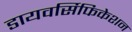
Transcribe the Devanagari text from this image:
डायवर्सिफिकेशन